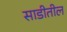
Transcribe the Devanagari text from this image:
साडीतील